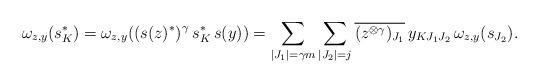
LaTeX: \begin{align*}\omega_{z,y}(s_K^*)=\omega_{z,y}((s(z)^*)^{\gamma}\,s_K^*\,s(y))=\sum_{|J_1|=\gamma m}\sum_{|J_2|=j}\overline{(z^{\otimes \gamma})_{J_1}}\,y_{KJ_1J_2}\, \omega_{z,y}(s_{J_2}).\end{align*}